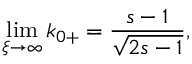
\operatorname * { l i m } _ { \xi \rightarrow \infty } k _ { 0 + } = \frac { s - 1 } { \sqrt { 2 s - 1 } } ,